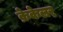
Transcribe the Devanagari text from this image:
क्रेकेलर